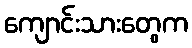
ကျောင်းသားတွေက